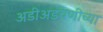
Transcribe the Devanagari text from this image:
अडीअडचणीच्या